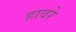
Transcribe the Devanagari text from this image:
हावरे